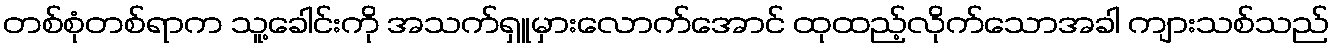
တစ်စုံတစ်ရာက သူ့ခေါင်းကို အသက်ရှူမှားလောက်အောင် ထုထည့်လိုက်သောအခါ ကျားသစ်သည်